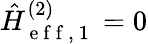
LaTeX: \hat{H}_{\mathrm{~e~f~f~,~1~}}^{(2)}=0